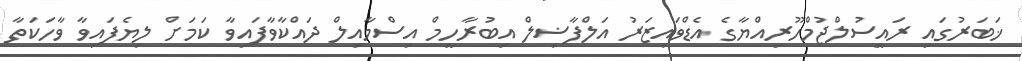
ޚަބަރުގައި ރައީސުލްޖުމްހޫރިއްޔާގެ އެޑްވައިޒަރު އަލްފާޟިލް އިބުރާހީމް އިސްމާއިލް ދައްކާވާފައިވާ ކަމަށް ލިޔެފައިވާ ވާހަކަތާ